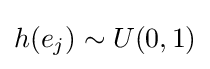
h(e_{j})\sim U(0,1)